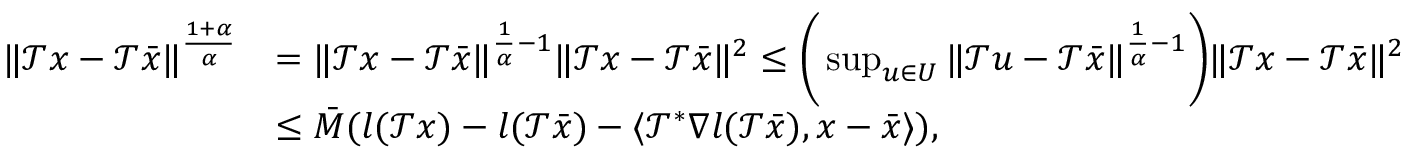
\begin{array} { r l } { \| \mathcal { T } x - \mathcal { T } \bar { x } \| ^ { \frac { 1 + \alpha } { \alpha } } } & { = \| \mathcal { T } x - \mathcal { T } \bar { x } \| ^ { \frac { 1 } { \alpha } - 1 } \| \mathcal { T } x - \mathcal { T } \bar { x } \| ^ { 2 } \leq \bigg ( \operatorname* { s u p } _ { u \in U } \| \mathcal { T } u - \mathcal { T } \bar { x } \| ^ { \frac { 1 } { \alpha } - 1 } \bigg ) \| \mathcal { T } x - \mathcal { T } \bar { x } \| ^ { 2 } } \\ & { \leq \bar { M } ( l ( \mathcal { T } x ) - l ( \mathcal { T } \bar { x } ) - \langle \mathcal { T } ^ { * } \nabla l ( \mathcal { T } \bar { x } ) , x - \bar { x } \rangle ) , } \end{array}